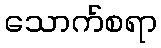
သောက်စရာ